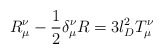
\begin{align*}R_\mu^\nu - \frac{1}{2}\delta_{\mu}^\nu R = 3 l_D^2 T_{\mu}^{\nu}\end{align*}